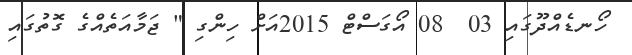
ހޯނޑެއްދޫގައި 03  08 އޯގަސްޓް 2015އަށް ހިންގި " ޖަމާއަތެއްގެ ގޮތުގައި